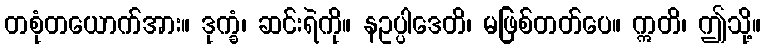
တစုံတယောက်အား။ ဒုက္ခံ၊ ဆင်းရဲကို။ နဥပ္ပါဒေတိ၊ မဖြစ်တတ်ပေ။ ဣတိ၊ ဤသို့။